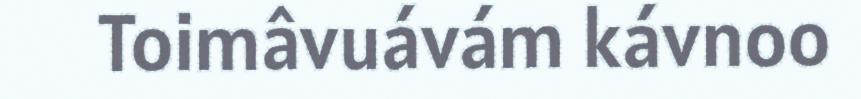
Toimâvuávám kávnoo